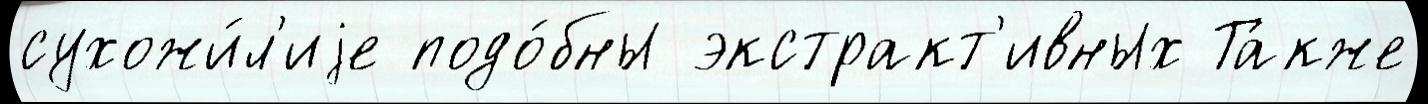
сухожи́л'иjе подо́бны экстракт'ивных Та́кже